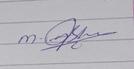
Signature authenticity: genuine